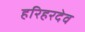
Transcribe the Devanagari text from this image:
हरिहरदेव